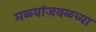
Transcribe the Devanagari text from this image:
मळ्यांजवळच्या